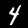
Digit: 4